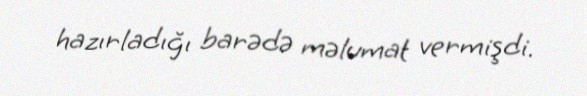
hazırladığı barədə məlumat vermişdi.